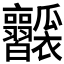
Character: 𤬥